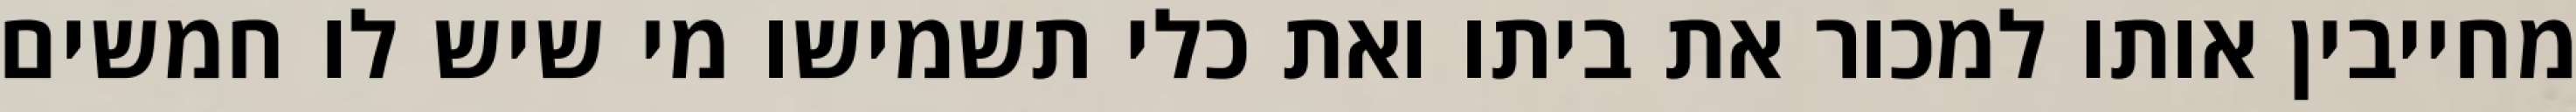
מחייבין אותו למכור את ביתו ואת כלי תשמישו מי שיש לו חמשים